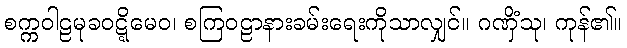
စက္ကဝါဠမုခဝဋ္ဋိမေဝ၊ စကြဝဠာနားခမ်းရေးကိုသာလျှင်။ ဂဏှိံသု၊ ကုန်၏။